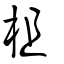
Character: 柤